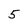
Character: 5